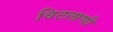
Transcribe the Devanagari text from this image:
विठलाणी